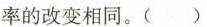
率的改变相同。( )